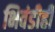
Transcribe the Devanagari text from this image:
भिवंडीही